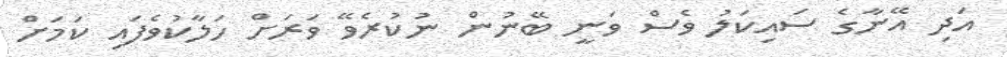
އަދި އޭނާގެ ސައިކަލު ވެސް ވަނީ ބޭނުން ނުކުރެވޭ ވަރަށް ހަލާކުވެފައި ކަމަށް